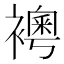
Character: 𧝰